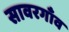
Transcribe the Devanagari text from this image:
सावरगाँव